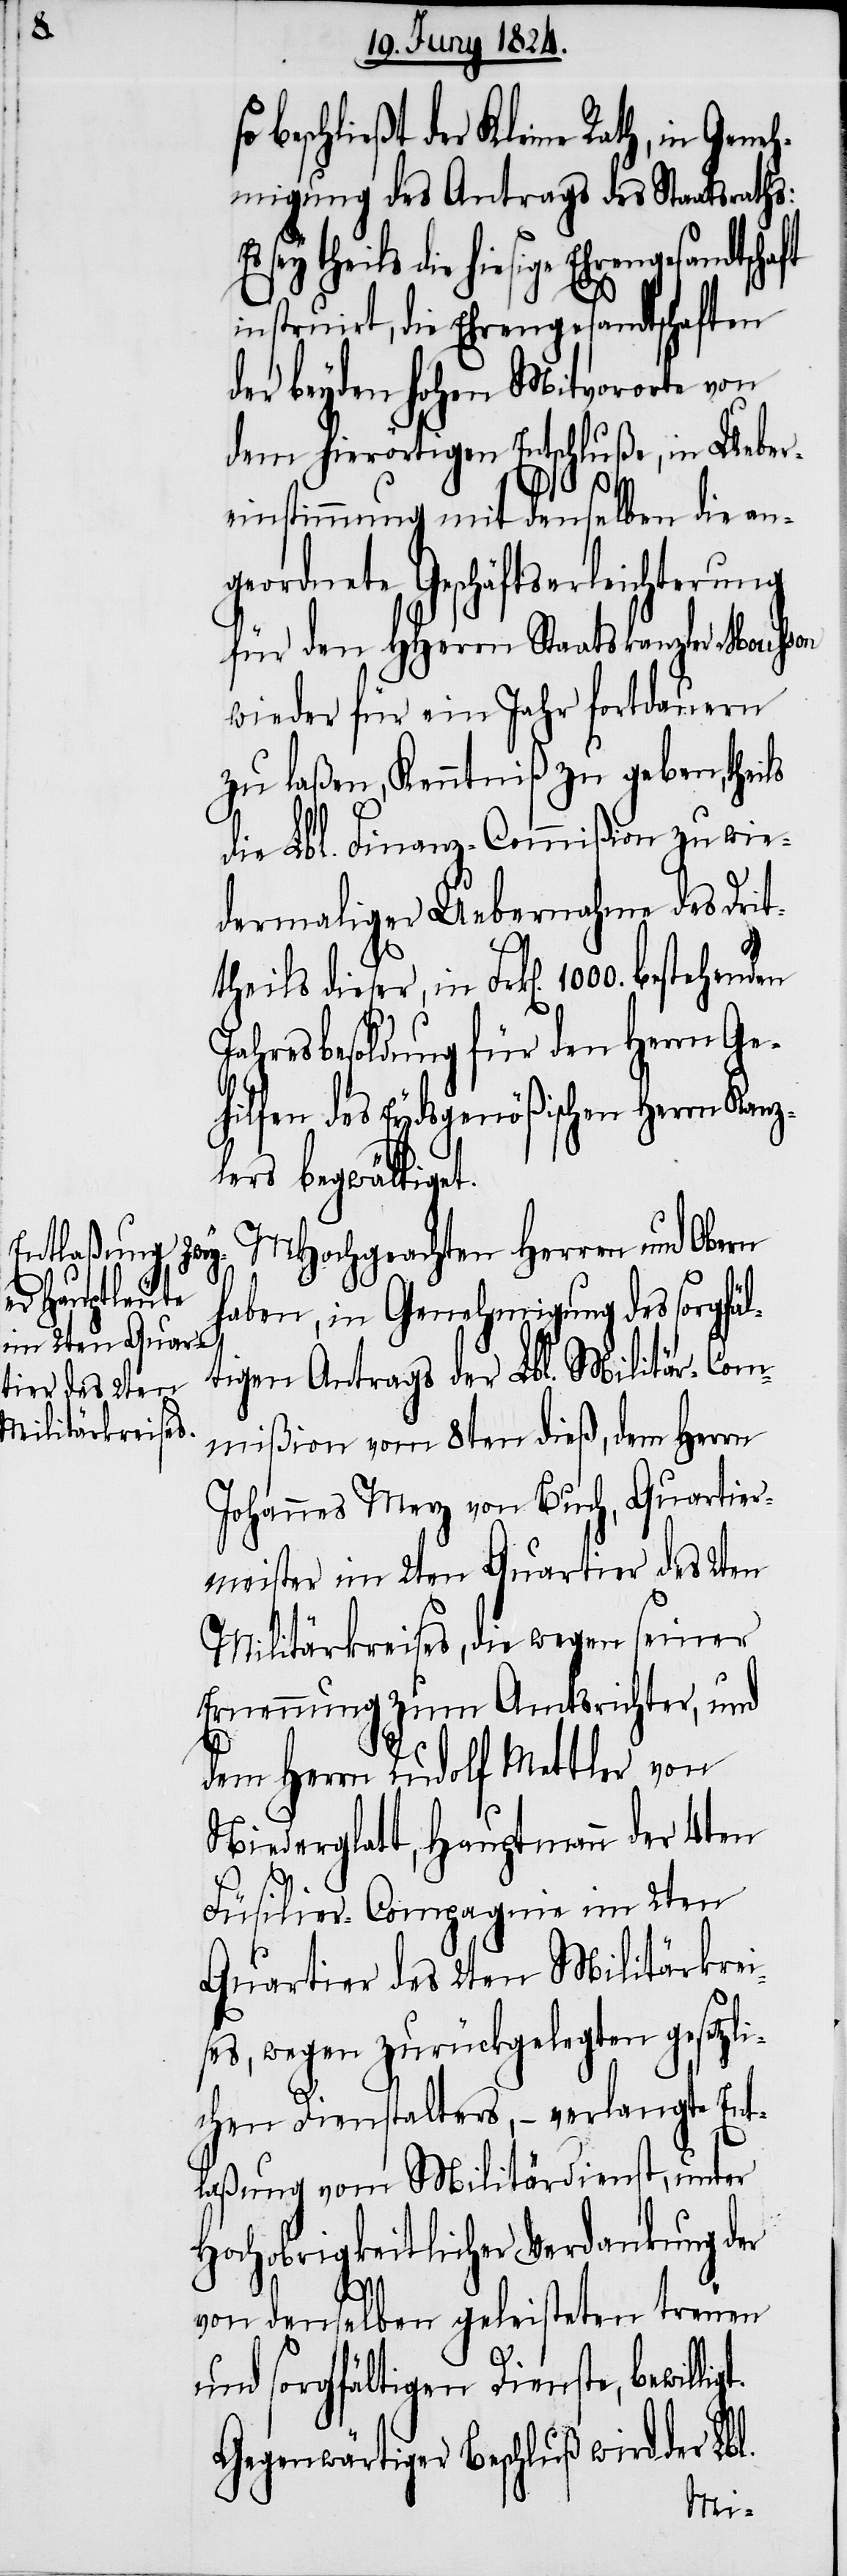
s¬

beschließt der Kleine Rath, in Gene¬
hmigung des Antrags des Staatsraths:
bestehenden
instruirt, die Ehrengesandtschaften
der beyden hohen Mitvororte von
dem hierörtigen Entschluße, in Ueber¬
einstimmung mit denselben die an¬
geordnete Geschäftserleichterung
für den HHerrn Staatskanzler Mousson
wieder für ein Jahr fortdauern
zu laßen, Kenntniß zu geben, theils
die Lbl. Finanz-Commißion zu wie¬
dermaliger Uebernahme des Drit¬
Jahresbesoldung für den Herrn Ge¬
hilfen des Eydsgenößischen Herrn Kanz¬
lers begwältiget.
MHochgeachten Herren und Obern
ligt.
haben, in Genehmigung des sorgfä¬
ltigen Antrags der Lbl. Militär-Com¬
mißion vom 8ten dieß, dem Herrn
Johannes Merz von Buch, Quartier¬
meister im 2ten Quartier des 2ten
Militärkreises, die wegen seiner
Ernennung zum Amtsrichter, und
dem Herrn Rudolf Mettler von
Niederglatt, Hauptmann der 4ten
Füsilier-Compagnie im 2ten
Quatier des 2ten Militärkrei¬
es, wegen zurückgelegten gesetzli¬
chen Dienstalters, – verlangte Ent¬
laßung vom Militärdienst, unter
Hochobrigkeitlicher Verdankung der
von denselben geleisteten treuen
und sorgfältigen Dienste, bewil¬
Gegenwärtiger Beschluß wird der